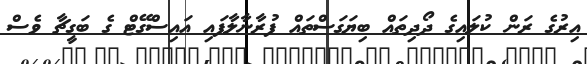
އިރުގެ ރަން ކުލައިގެ ދޯދިތައް ބިޔަގަސްތައް ފުރާނާލާފައި އައިސްގޭޓް ގެ ބަގީޗާ ވެސް